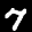
Label: 7